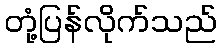
တုံ့ပြန်လိုက်သည်